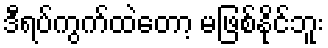
ဒီရပ်ကွက်ထဲတော့ မဖြစ်နိုင်ဘူး